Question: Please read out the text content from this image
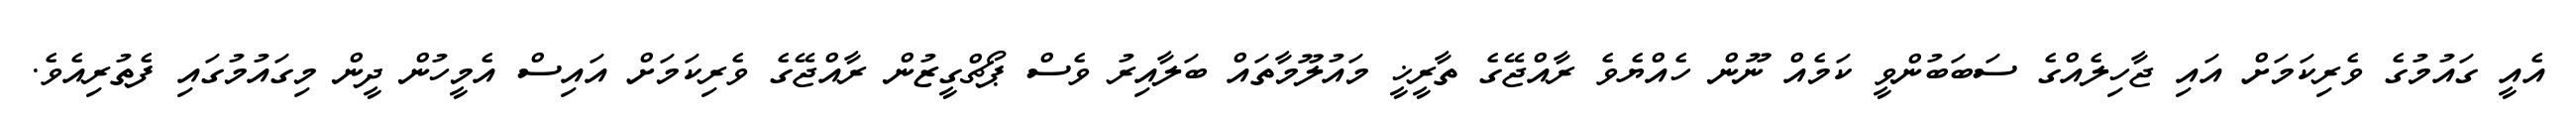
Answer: އެއީ ގައުމުގެ ވެރިކަމަށް އައި ޖާހިލެއްގެ ސަބަބުންވީ ކަމެއް ނޫން ހެއްޔެވެ ރާއްޖޭގެ ތާރީޚީ މައުލޫމާތައް ބަލާއިރު ވެސް ޕޯޗްގީޒުން ރާއްޖޭގެ ވެރިކަމަށް އައިސް އެމީހުން ދީން މިގައުމުގައި ފެތުރިއެވެ.